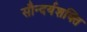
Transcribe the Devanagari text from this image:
सौन्दर्यशक्ति